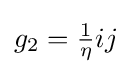
g_{2}={\tfrac {1}{\eta }}ij